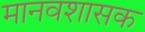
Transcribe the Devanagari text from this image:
मानवशासक